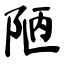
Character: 陋